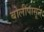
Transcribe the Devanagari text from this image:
बोलीपासून